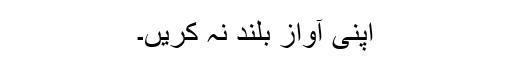
اپنی آواز بلند نہ کریں۔